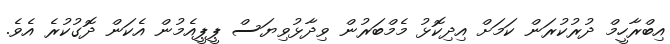
އިބްރާހީމް ދުރުކުރަން ކަމަށް އިދިކޮޅު މެމްބަރުން ވިދާޅުވިޔަސް ޕީޕީއެމުން އެކަން ދޮގުކުރެ އެވެ.